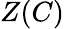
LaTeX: Z(C)